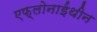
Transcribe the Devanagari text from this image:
एफ्लोनाईथीन